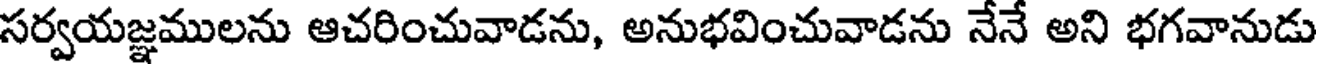
సర్వయజ్ఞములను ఆచరించువాడను, అనుభవించువాడను నేనే అని భగవానుడు